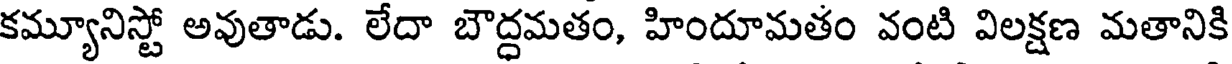
కమ్యూనిస్టో అవుతాడు. లేదా బౌద్ధమతం, హిందూమతం వంటి విలక్షణ మతానికి